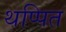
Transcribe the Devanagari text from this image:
थप्पित